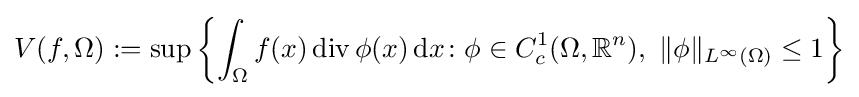
V(f,\Omega ):=\sup \left\{\int _{\Omega }f(x)\operatorname {div} \phi (x)\,\mathrm {d} x\colon \phi \in C_{c}^{1}(\Omega ,\mathbb {R} ^{n}),\ \Vert \phi \Vert _{L^{\infty }(\Omega )}\leq 1\right\}